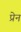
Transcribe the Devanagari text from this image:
प्रेन